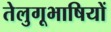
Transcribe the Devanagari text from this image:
तेलुगूभाषियों